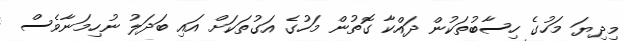
މިދިޔަ މަހުގެ ހިސާބުތަކުން ދައްކާ ގޮތުން މަހުގެ އަގުތަކަށް އައި ބަދަލު ނުހިމަނާވެސް